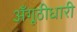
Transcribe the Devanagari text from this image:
अँगूठीधारी